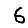
Digit: 6